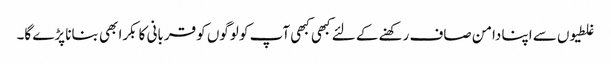
غلطیوں سے اپنا دامن صاف رکھنے کے لئے کبھی کبھی آپ کو لوگوں کو قربانی کا بکرا بھی بنانا پڑے گا۔